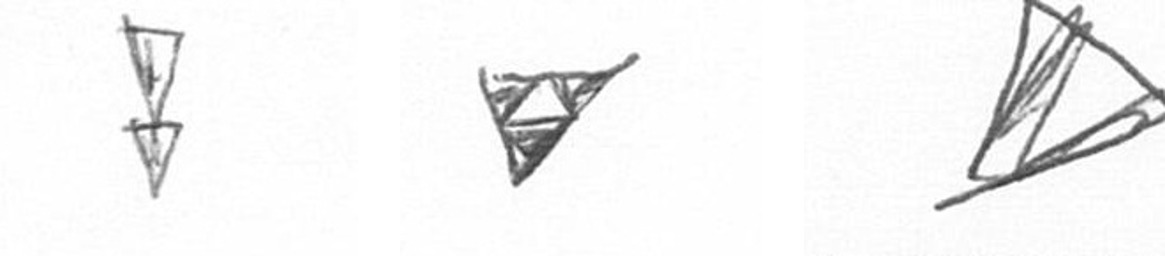
Z S O